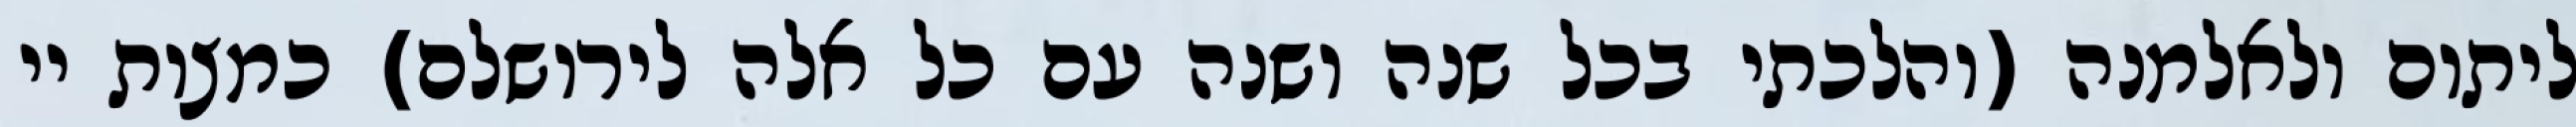
ליתום ולאלמנה (והלכתי בכל שנה ושנה עם כל אלה לירושלם) כמצות יי